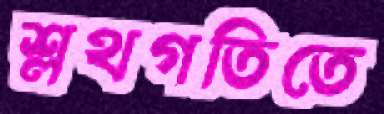
শ্লথগতিতে